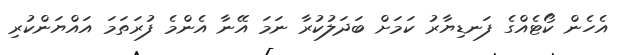
އެހެން ކޯޓެއްގެ ފަނޑިޔާރު ކަމަށް ބަދަލުކުރާ ނަމަ އޭނާ އެންމެ ފުރަތަމަ އައްޔަންކުރި